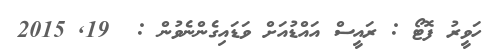
ހަވީރު ފޮޓޯ : ރައީސް އައްޑުއަށް ވަޑައިގެންނެވުން :  19